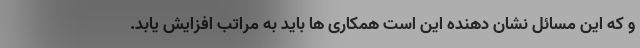
و که این مسائل نشان دهنده این است همکاری ها باید به مراتب افزایش یابد.